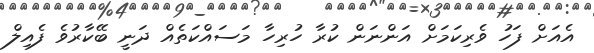
އެއަށް ފަހު ވެރިކަމަށް އަންނަން ކުރާ ހުރިހާ މަސައްކަތެއް ދަނީ ބޭކާރުވެ ފެއިލް